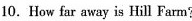
10. How far away is Hill Farm?